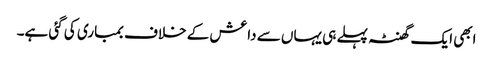
ابھی ایک گھنٹہ پہلے ہی یہاں سے داعش کے خلاف بمباری کی گئی ہے۔